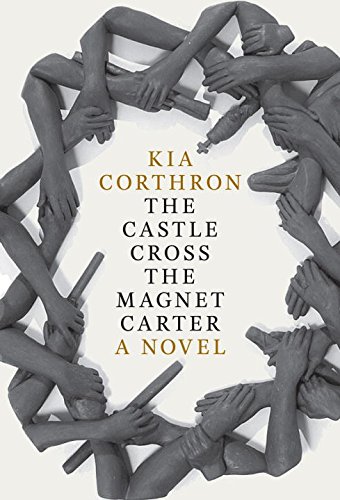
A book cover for The Castle Cross the Magnet Carter: A Novel; Kia Corthron; Literature & Fiction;